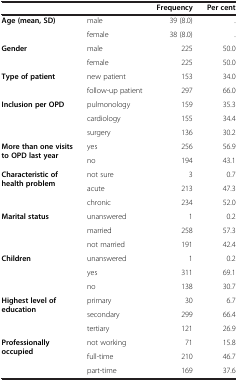
<table><thead><tr><td><b> </b></td><td><b> </b></td><td><b>Frequency</b></td><td><b>Per cent</b></td></tr></thead><tbody><tr><td><b>Age (mean, SD)</b></td><td>male</td><td>39 (8.0)</td><td>.</td></tr><tr><td> </td><td>female</td><td>38 (8.0)</td><td>.</td></tr><tr><td><b>Gender</b></td><td>male</td><td>225</td><td>50.0</td></tr><tr><td> </td><td>female</td><td>225</td><td>50.0</td></tr><tr><td><b>Type of patient</b></td><td>new patient</td><td>153</td><td>34.0</td></tr><tr><td> </td><td>follow-up patient</td><td>297</td><td>66.0</td></tr><tr><td><b>Inclusion per OPD</b></td><td>pulmonology</td><td>159</td><td>35.3</td></tr><tr><td> </td><td>cardiology</td><td>155</td><td>34.4</td></tr><tr><td> </td><td>surgery</td><td>136</td><td>30.2</td></tr><tr><td><b>More than one visits to OPD last year</b></td><td>yes</td><td>256</td><td>56.9</td></tr><tr><td> </td><td>no</td><td>194</td><td>43.1</td></tr><tr><td><b>Characteristic of health problem</b></td><td>not sure</td><td>3</td><td>0.7</td></tr><tr><td> </td><td>acute</td><td>213</td><td>47.3</td></tr><tr><td> </td><td>chronic</td><td>234</td><td>52.0</td></tr><tr><td><b>Marital status</b></td><td>unanswered</td><td>1</td><td>0.2</td></tr><tr><td> </td><td>married</td><td>258</td><td>57.3</td></tr><tr><td> </td><td>not married</td><td>191</td><td>42.4</td></tr><tr><td><b>Children</b></td><td>unanswered</td><td>1</td><td>0.2</td></tr><tr><td> </td><td>yes</td><td>311</td><td>69.1</td></tr><tr><td> </td><td>no</td><td>138</td><td>30.7</td></tr><tr><td><b>Highest level of education</b></td><td>primary</td><td>30</td><td>6.7</td></tr><tr><td> </td><td>secondary</td><td>299</td><td>66.4</td></tr><tr><td> </td><td>tertiary</td><td>121</td><td>26.9</td></tr><tr><td><b>Professionally occupied</b></td><td>not working</td><td>71</td><td>15.8</td></tr><tr><td> </td><td>full-time</td><td>210</td><td>46.7</td></tr><tr><td> </td><td>part-time</td><td>169</td><td>37.6</td></tr></tbody></table>